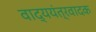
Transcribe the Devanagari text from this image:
वाद्ययंत्रवादक